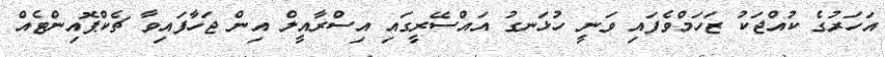
އަހަރުގެ ކުއްޖަކު ޒަހަމްވެފައި ވަނީ ހުޅަނގު އައްސޭރީގައި އިސްރާއީލް އިން ޖަހާފައިވާ ޗެކްޕޮއިންޓެއް